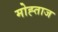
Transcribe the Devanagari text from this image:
मोह्ताज